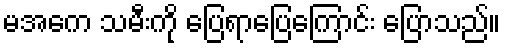
မအေက သမီးကို ပြေရာပြေကြောင်း ပြောသည်။